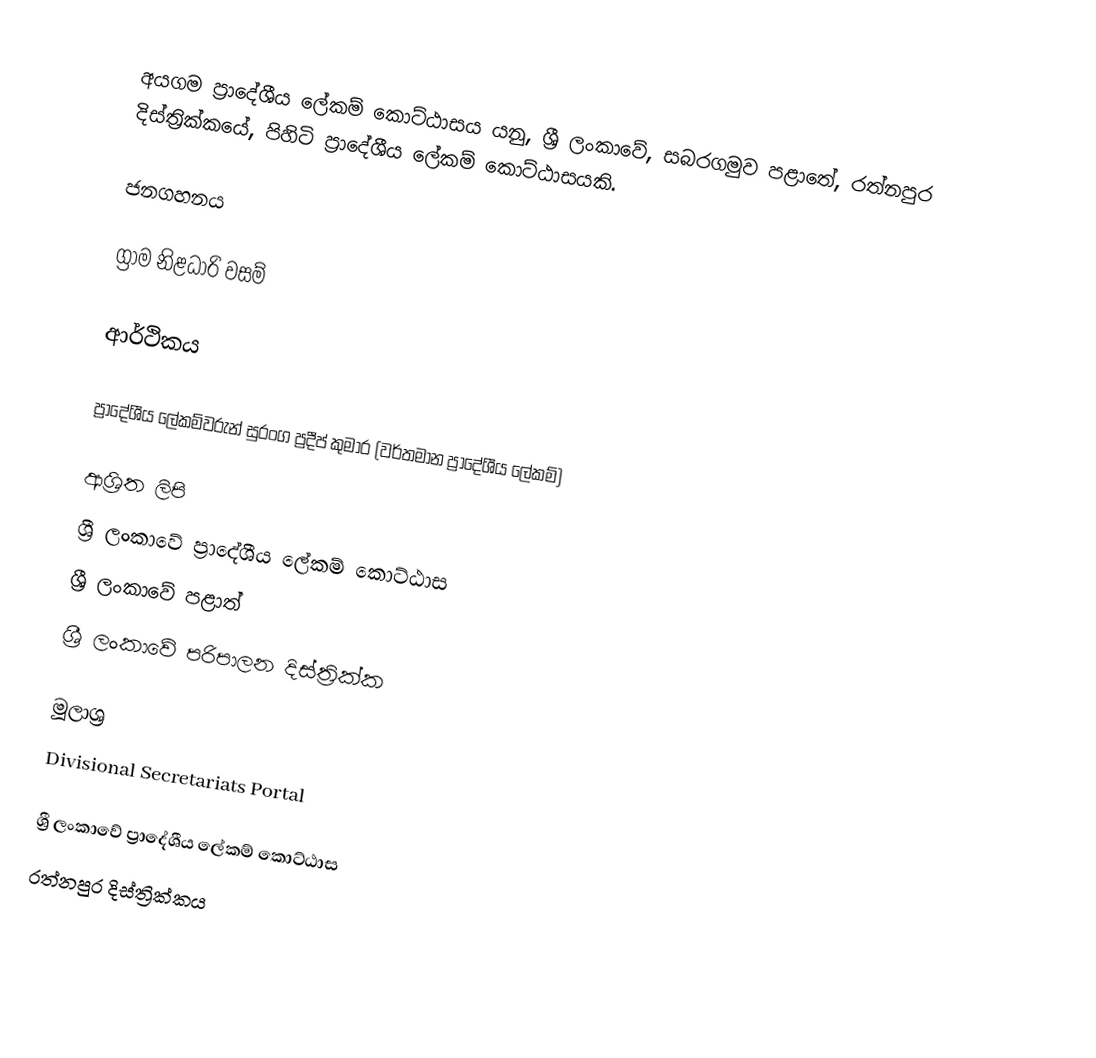
අයගම ප්‍රාදේශීය ලේකම් කොට්ඨාසය යනු,  ශ්‍රී ලංකාවේ, සබරගමුව පළාතේ,   රත්නපුර දිස්ත්‍රික්කයේ, පිහිටි ප්‍රාදේශීය ලේකම් කොට්ඨාසයකි.

ජනගහනය

ග්‍රාම නිළධාරි වසම්

ආර්ථිකය

ප්‍රාදේශීය ලේකම්වරුන්  සුරංග ප්‍රදීප් කුමාර (වර්තමාන ප්‍රාදේශීය ලේකම්)

ආශ්‍රිත ලිපි
ශ්‍රී ලංකාවේ ප්‍රාදේශීය ලේකම් කොට්ඨාස
ශ්‍රී ලංකාවේ පළාත්
ශ්‍රී ලංකාවේ පරිපාලන දිස්ත්‍රික්ක

මූලාශ්‍ර
 Divisional Secretariats Portal

ශ්‍රී ලංකාවේ ප්‍රාදේශීය ලේකම් කොට්ඨාස
රත්නපුර  දිස්ත්‍රික්කය